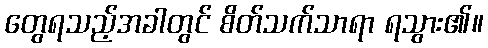
တွေရသည့်အခါတွင် စိတ်သက်သာရာ ရသွား၏။